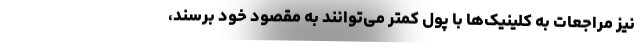
نیز مراجعات به کلینیک‌ها با پول کمتر می‌توانند به مقصود خود برسند،